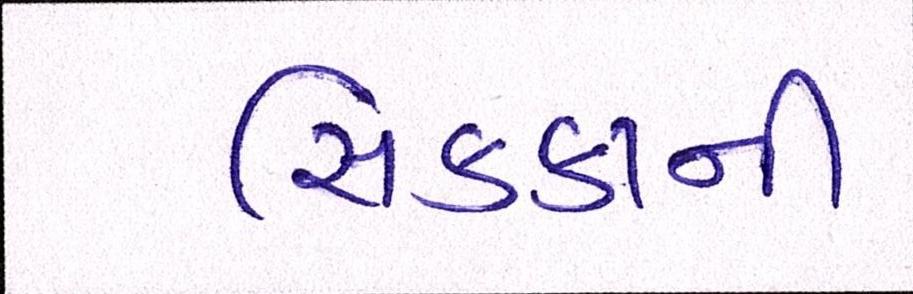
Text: સિક્કાની